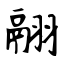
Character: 翮